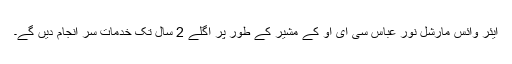
ایئر وائس مارشل نور عباس سی ای او کے مشیر کے طور پر اگلے 2 سال تک خدمات سر انجام دیں گے۔